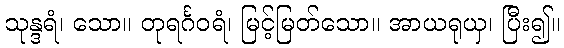
သုန္ဒရံ၊ သော။ တုရင်္ဂဝရံ၊ မြင့်မြတ်သော။ အာယရုယှ၊ ပြီး၍။